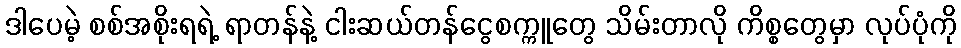
ဒါပေမဲ့ စစ်အစိုးရရဲ့ ရာတန်နဲ့ ငါးဆယ်တန်ငွေစက္ကူတွေ သိမ်းတာလို ကိစ္စတွေမှာ လုပ်ပုံကို